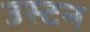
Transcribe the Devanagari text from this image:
उस्टन